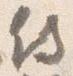
侍